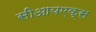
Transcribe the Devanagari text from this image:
सीआयएक्स